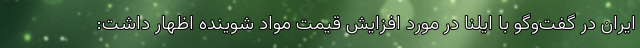
ایران در گفت‌وگو با ایلنا در مورد افزایش قیمت مواد شوینده اظهار داشت:‌